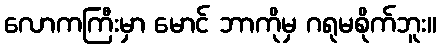
လောကကြီးမှာ မောင် ဘာကိုမှ ဂရုမစိုက်ဘူး။